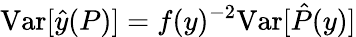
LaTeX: \mathrm{\mathop{Var}}[\hat{y}(P)]=f(y)^{-2}\mathrm{\mathop{Var}}[\hat{P}(y)]